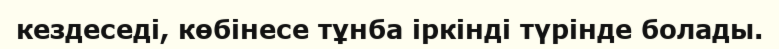
кездеседі, көбінесе тұнба іркінді түрінде болады.